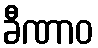
ခီဏာဝ